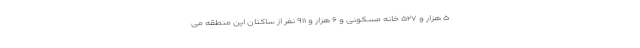
۵ هزار و ۵۲۷ خانه مسکونی و ۶ هزار و ۹۱۱ نفر از ساکنان این منطقه می